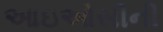
આઇઓસીની